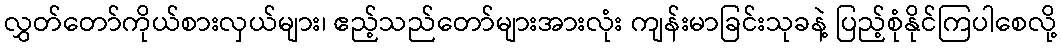
လွှတ်တော်ကိုယ်စားလှယ်များ၊ ဧည့်သည်တော်များအားလုံး ကျန်းမာခြင်းသုခနဲ့ ပြည့်စုံနိုင်ကြပါစေလို့